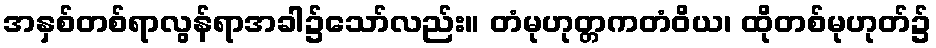
အနှစ်တစ်ရာလွန်ရာအခါ၌သော်လည်း။ တံမုဟုတ္တကတံဝိယ၊ ထိုတစ်မုဟုတ်၌